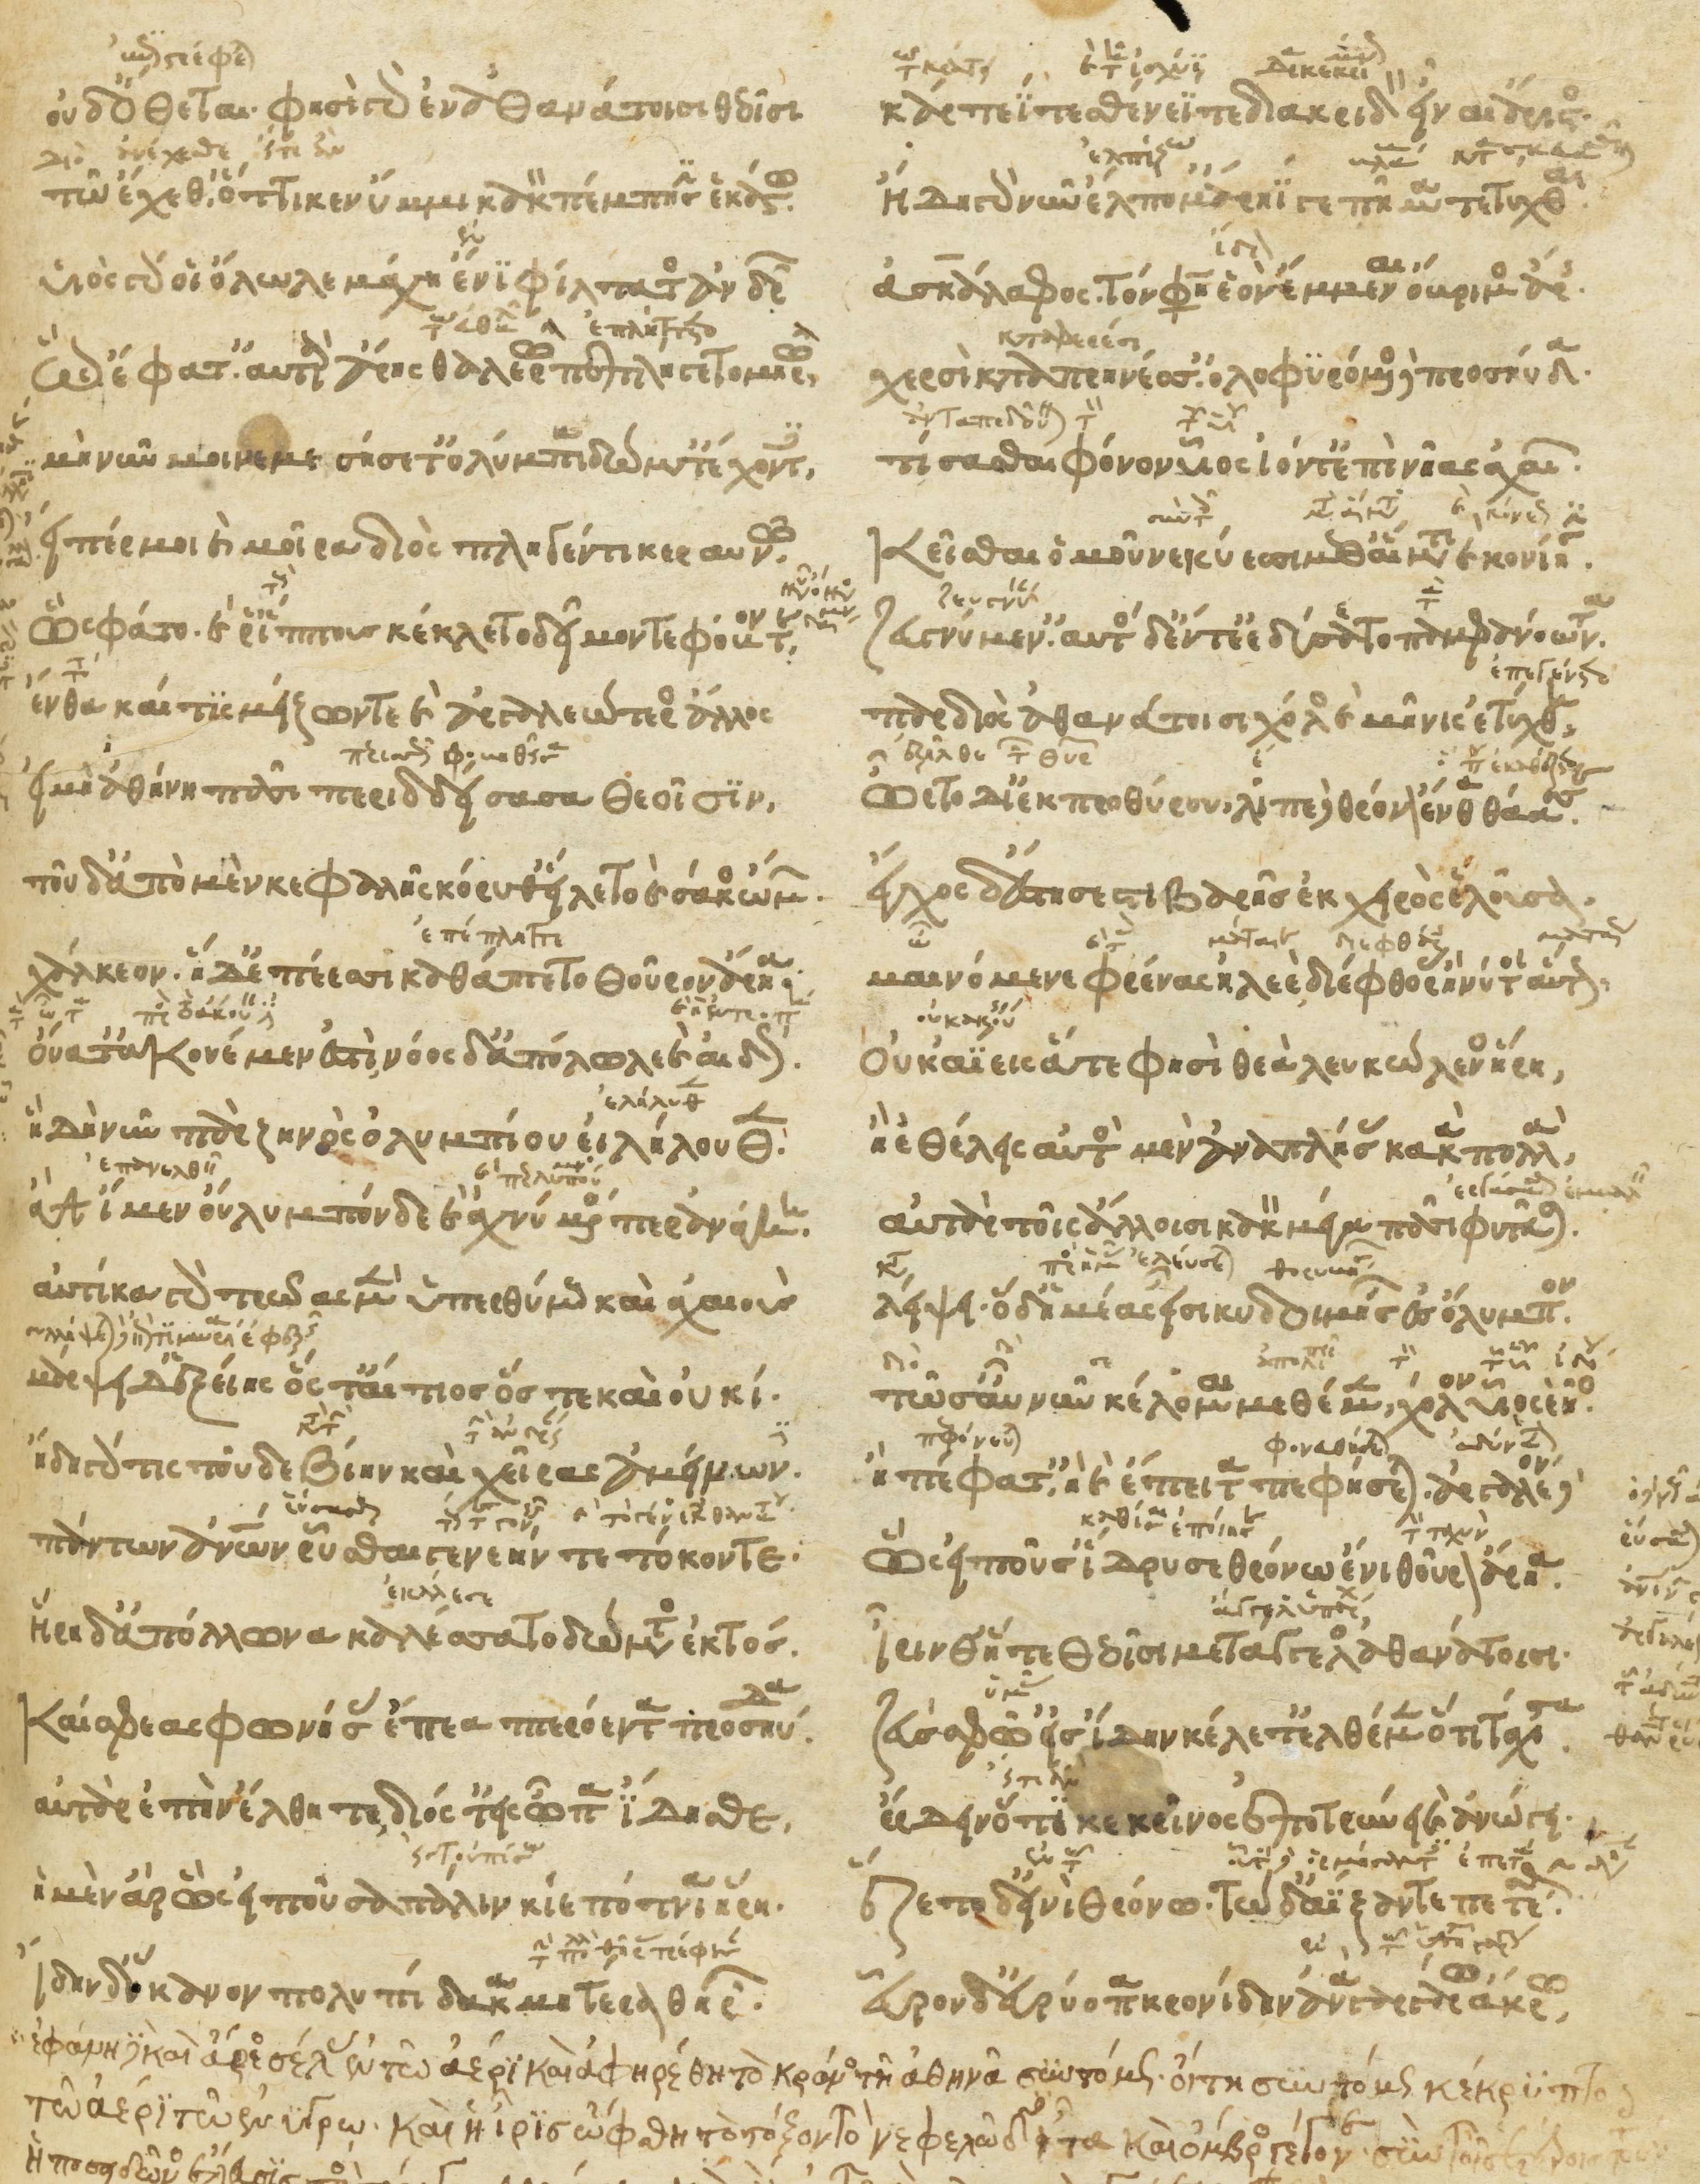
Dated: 1266–1299